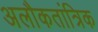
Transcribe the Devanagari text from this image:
अलौकतांत्रिक